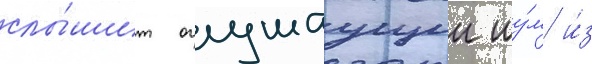
слы́шит оглушаущии шу́м и́з